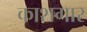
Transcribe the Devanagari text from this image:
काशगार